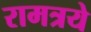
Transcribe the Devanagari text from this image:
रामत्रये